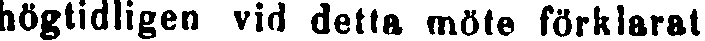
högtidligen vid detta möte förklarat